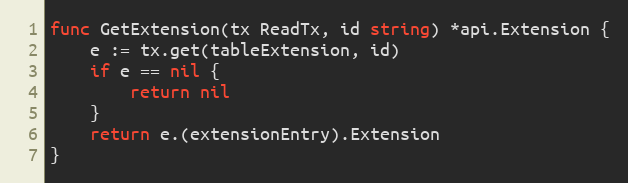
Language: Go
func GetExtension(tx ReadTx, id string) *api.Extension {
	e := tx.get(tableExtension, id)
	if e == nil {
		return nil
	}
	return e.(extensionEntry).Extension
}